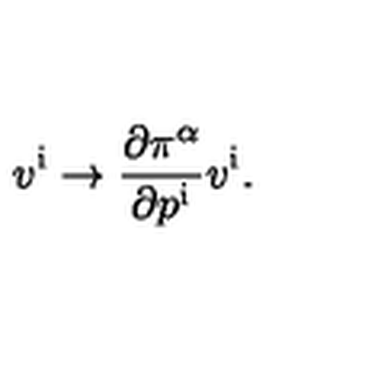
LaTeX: v ^ { \mathrm { i } } \rightarrow { \frac { \partial \pi ^ { \alpha } } { \partial p ^ { \mathrm { i } } } } v ^ { \mathrm { i } } .